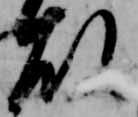
故